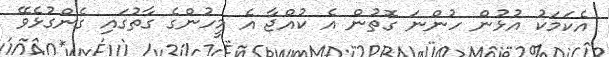
އެކަމަކު އުޅުން ހުންނަ ގޮތުން އެ ކުއްޖާ އެ މީހުންގެ ގާތުގައި ގެންގުޅެވޭ